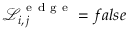
\mathcal { L } _ { i , \, j } ^ { \mathrm { ~ e ~ d ~ g ~ e ~ } } = f a l s e